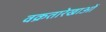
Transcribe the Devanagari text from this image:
वक्रतारेखाओं